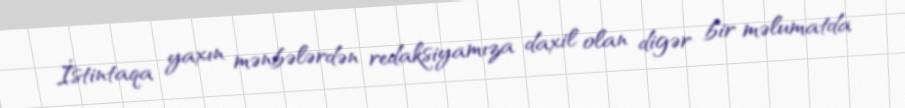
İstintaqa yaxın mənbələrdən redaksiyamıza daxil olan digər bir məlumatda